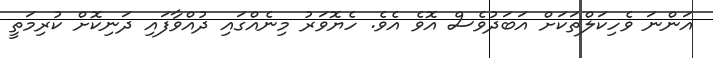
އަންނަ ވެހިކަލްތަކަށް އަބަދުވެސް އޮވެ އެވެ. ހެޔޮވަރު މިނެއްގައި ދުއްވާފައި ދަނިކޮށް ކުރިމަތީ